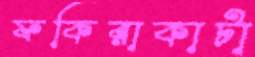
ফকিরাকাটা